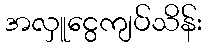
အလှူငွေကျပ်သိန်း